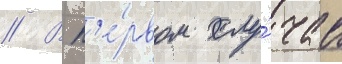
// В п'е́рвом слу́чае